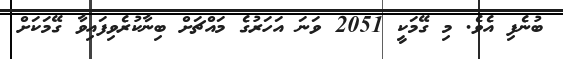
ބުނެފި އެވެ. މި ގޭމަކީ 2051 ވަނަ އަހަރުގެ މައްޗަށް ބިނާކުރެވިފައިވާ ގޭމަކަށް